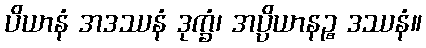
ပိယာနံ အဒဿနံ ဒုက္ခံ၊ အပ္ပိယာနဉ္စ ဒဿနံ။